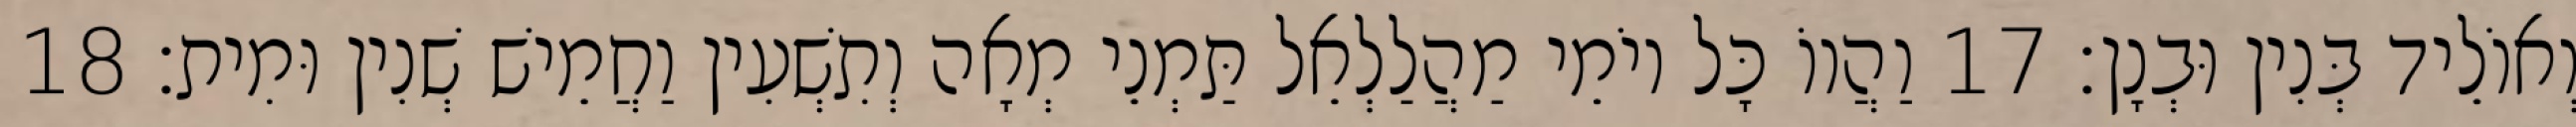
וְאוֹלֵיד בְּנִין וּבְנָן׃ 17 וַהֲווֹ כָּל יוֹמֵי מַהֲלַלְאֵל תַּמְנֵי מְאָה וְתִשְׁעִין וַחֲמֵישׁ שְׁנִין וּמִית׃ 18